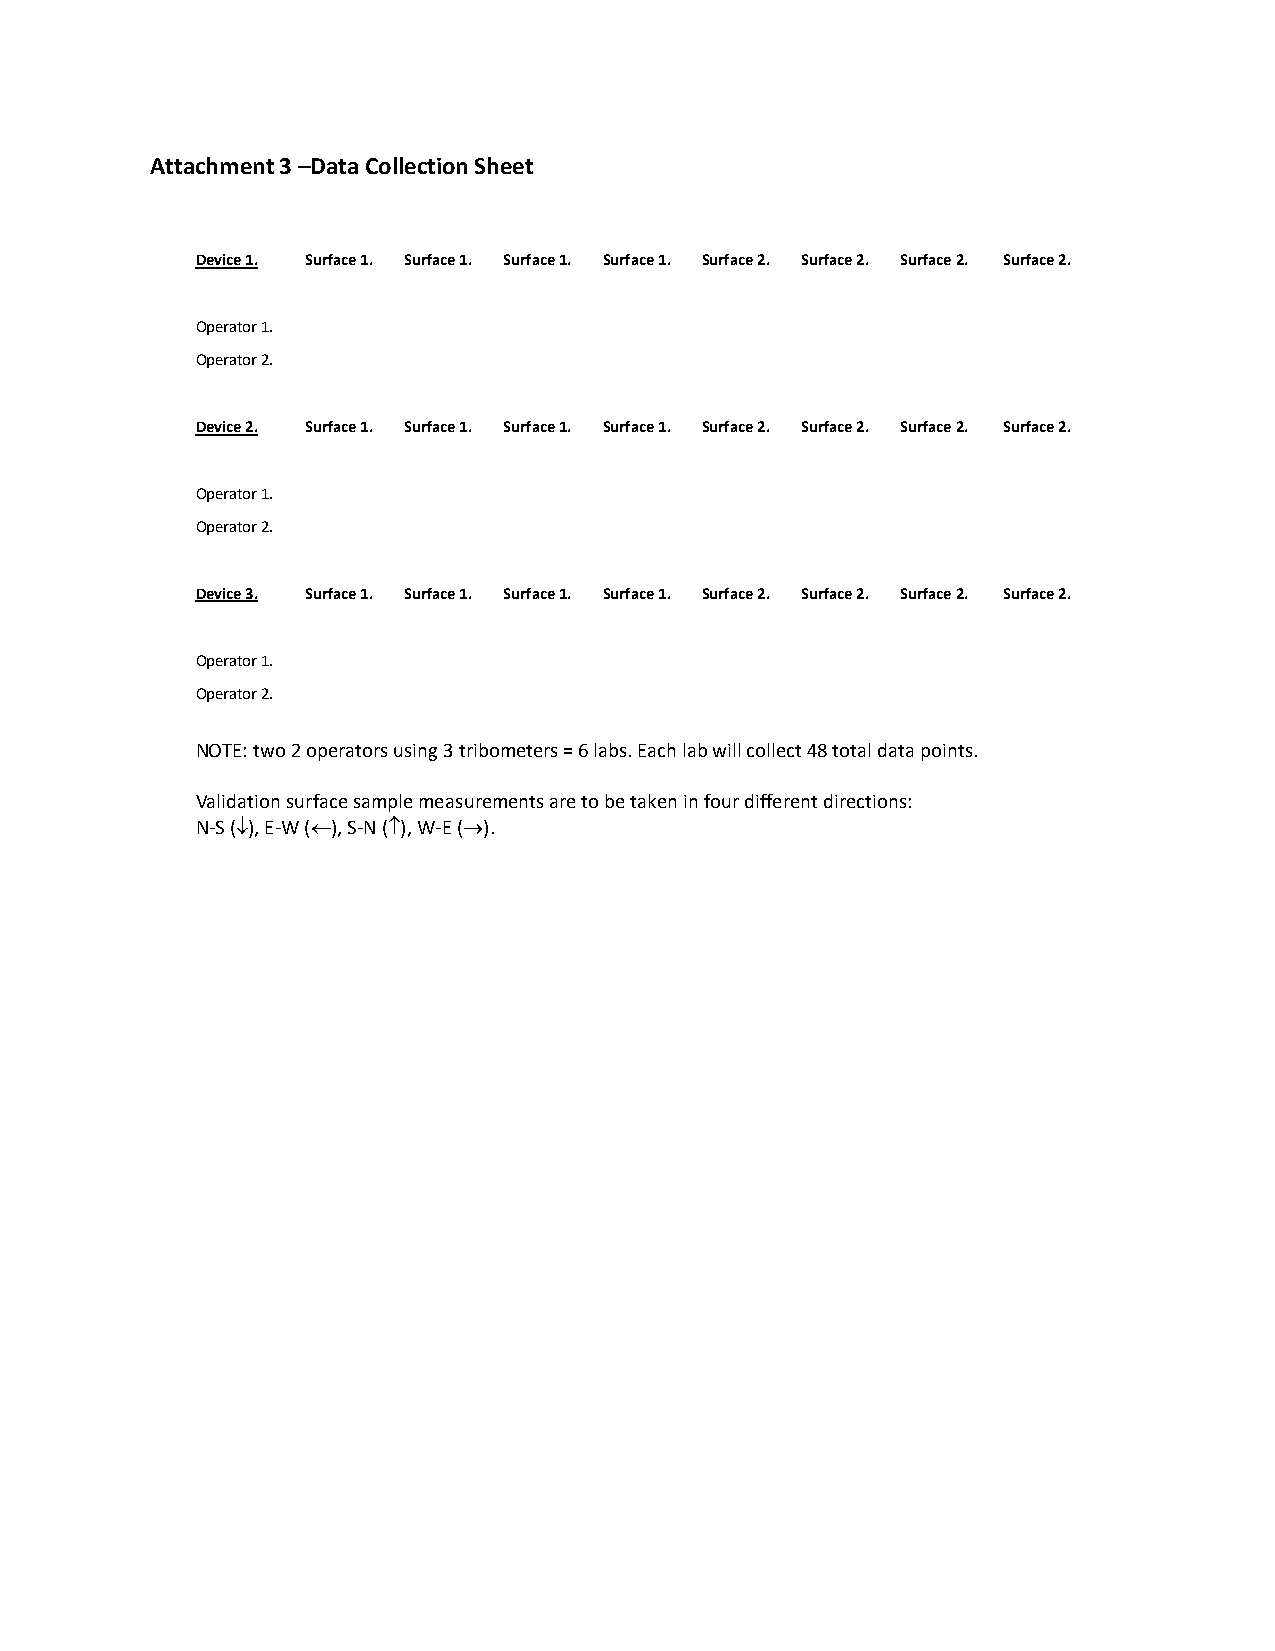
Attachment 3 –Data Collection Sheet
 Device 1. Surface 1. Surface 1. Surface 1. Surface 1. Surface 2. Surface 2. Surface 2. Surface 2.
 Operator 1.
 Operator 2.
 Device 2. Surface 1. Surface 1. Surface 1. Surface 1. Surface 2. Surface 2. Surface 2. Surface 2.
 Operator 1.
 Operator 2.
 Device 3. Surface 1. Surface 1. Surface 1. Surface 1. Surface 2. Surface 2. Surface 2. Surface 2.
 Operator 1.
 Operator 2.
 NOTE: two 2 operators using 3 tribometers = 6 labs. Each lab will collect 48 total data points.
 Validation surface sample measurements are to be taken in four different directions:
 N-S (↓), E-W (←), S-N (↑), W-E (→).